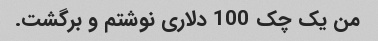
من یک چک 100 دلاری نوشتم و برگشت.